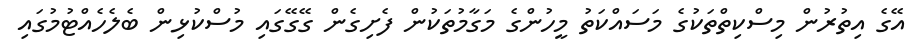
އޭގެ އިތުރުން މިސްކިތްތަކުގެ މަސައްކަތު މީހުންގެ މަގާމުތަކުން ފެށިގެން ގޭގޭގައި މުސްކުޅިން ބެލެހެއްޓުމުގައި